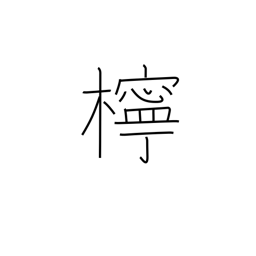
Meaning: lemon tree